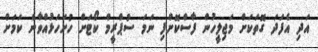
އަދި އެފަދަ ގޮތަކަށް މަޖިލީހުން ފާސްކޮށްފި ނަމަ ސުޕްރީމް ކޯޓަށް ހުށަހަޅުއްވާނެ ކަމަށް